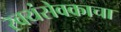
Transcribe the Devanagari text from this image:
स्वयंसेवकाचा